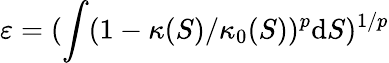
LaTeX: \varepsilon=(\int(1-\kappa(S)/\kappa_{0}(S))^{p}\mathrm{d}S)^{1/p}